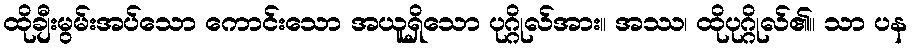
ထိုချီးမွမ်းအပ်သော ကောင်းသော အယူရှိသော ပုဂ္ဂိုလ်အား။ အဿ၊ ထိုပုဂ္ဂိုလ်၏။ သာ ပန